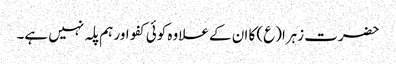
حضرت زہرا(ع) کا ان کے علاوہ کوئی کفو اور ہم پلہ نہیں ہے۔